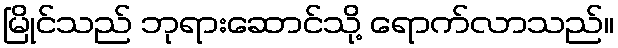
မြိုင်သည် ဘုရားဆောင်သို့ ရောက်လာသည်။